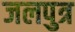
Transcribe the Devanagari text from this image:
जलपुत्र